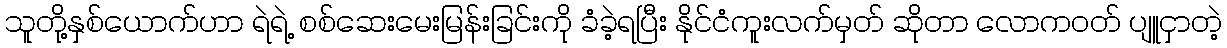
သူတို့နှစ်ယောက်ဟာ ရဲရဲ့ စစ်ဆေးမေးမြန်းခြင်းကို ခံခဲ့ရပြီး နိုင်ငံကူးလက်မှတ် ဆိုတာ လောကဝတ် ပျူငှာတဲ့